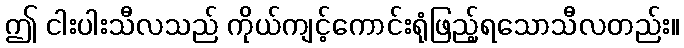
ဤ ငါးပါးသီလသည် ကိုယ်ကျင့်ကောင်းရုံဖြည့်ရသောသီလတည်း။